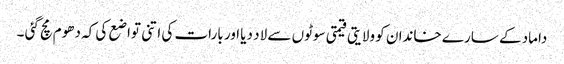
داماد کے سارے خاندان کو ولایتی قیمتی سوٹوں سے لاد دیا اور بارات کی اتنی تواضع کی کہ دھوم مچ گئی ۔